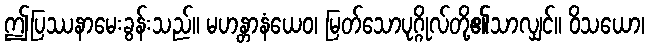
ဤပြဿနာမေးခွန်းသည်။ မဟန္တာနံယေဝ၊ မြတ်သောပုဂ္ဂိုလ်တို့၏သာလျှင်။ ဝိသယော၊